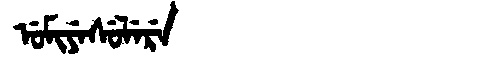
Manchu: ᡠᠮᡳᠶᡝᠰᡠᠯᡝᡵᡝ
Romanization: UMIYESULERE